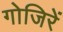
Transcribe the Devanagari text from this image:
गोजिरें